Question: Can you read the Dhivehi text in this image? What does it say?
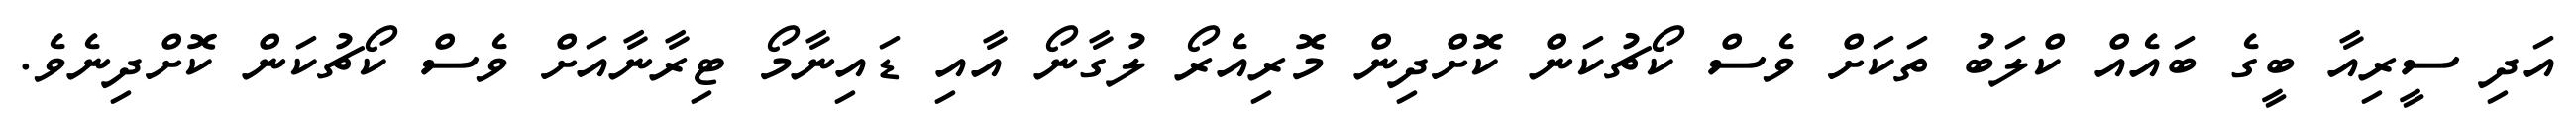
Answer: އަދި ސީރިއާ ބީގެ ބައެއް ކްލަބު ތަކަށް ވެސް ކޯޗުކަން ކޮށްދިން މޮރިއެރޯ ލުގާނޯ އާއި ޑައިނާމޯ ޓިރާނާއަށް ވެސް ކޯޗުކަން ކޮށްދިނެވެ.